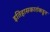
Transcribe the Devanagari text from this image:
इतिहासकारांकडून